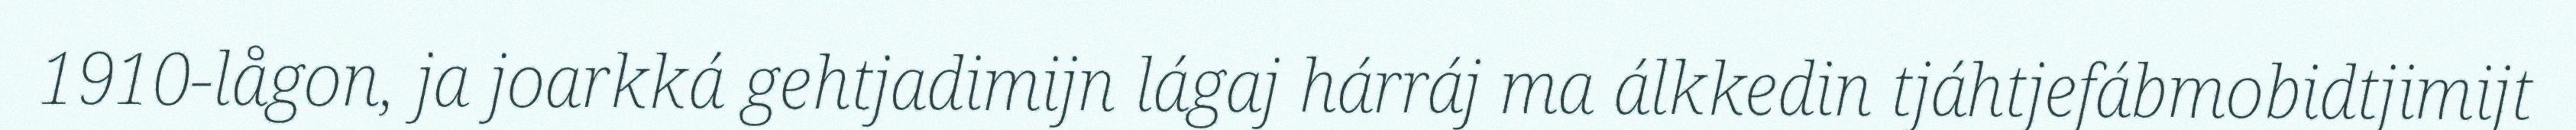
1910-lågon, ja joarkká gehtjadimijn lágaj hárráj ma álkkedin tjáhtjefábmobidtjimijt